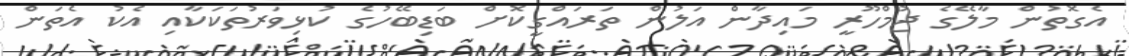
އެގޮތުން މާލޭގެ ޖުމްހޫރީ މައިދާން އަލުން ތަރައްގީކޮށް ބަޑިބޭހުގެ ކުޅިވަރުތަކަކާއި އެކު އެތަން